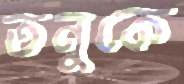
তনুকে